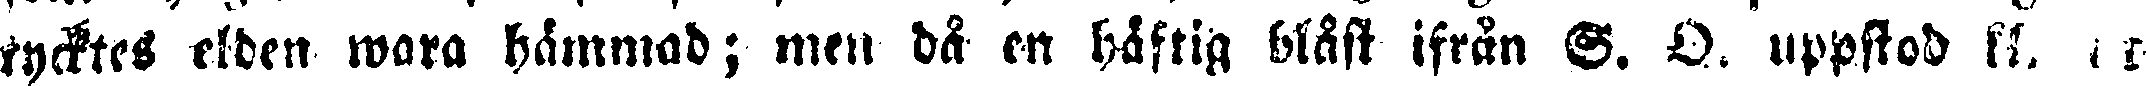
tycktes elden wara hämmad; men då en häftig blåst ifrån G. D. uppstod kl. i c